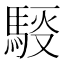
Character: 𲋸